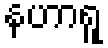
နဟာရူ